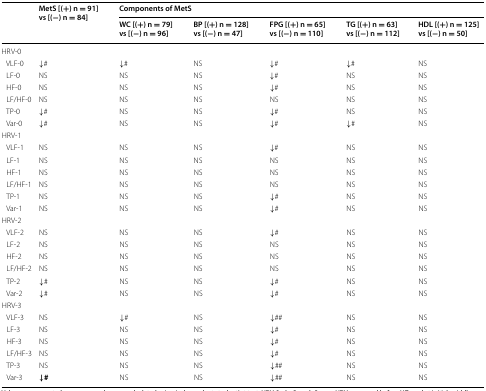
<table><thead><tr><td rowspan="2"></td><td rowspan="2"><b>MetS [(+) n = 91] vs [(−) n = 84]</b></td><td colspan="5"><b>Components of MetS</b></td></tr><tr><td><b>WC [(+) n = 79] vs [(−) n = 96]</b></td><td><b>BP [(+) n = 128] vs [(−) n = 47]</b></td><td><b>FPG [(+) n = 65] vs [(−) n = 110]</b></td><td><b>TG [(+) n = 63] vs [(−) n = 112]</b></td><td><b>HDL [(+) n = 125] vs [(−) n = 50]</b></td></tr></thead><tbody><tr><td>HRV-0</td><td></td><td></td><td></td><td></td><td></td><td></td></tr><tr><td> VLF-0</td><td>↓#</td><td>↓#</td><td>NS</td><td>↓#</td><td>↓#</td><td>NS</td></tr><tr><td> LF-0</td><td>NS</td><td>NS</td><td>NS</td><td>↓#</td><td>NS</td><td>NS</td></tr><tr><td> HF-0</td><td>NS</td><td>NS</td><td>NS</td><td>↓#</td><td>NS</td><td>NS</td></tr><tr><td> LF/HF-0</td><td>NS</td><td>NS</td><td>NS</td><td>NS</td><td>NS</td><td>NS</td></tr><tr><td> TP-0</td><td>↓#</td><td>NS</td><td>NS</td><td>↓#</td><td>NS</td><td>NS</td></tr><tr><td> Var-0</td><td>↓#</td><td>NS</td><td>NS</td><td>↓#</td><td>↓#</td><td>NS</td></tr><tr><td>HRV-1</td><td></td><td></td><td></td><td></td><td></td><td></td></tr><tr><td> VLF-1</td><td>NS</td><td>NS</td><td>NS</td><td>↓#</td><td>NS</td><td>NS</td></tr><tr><td> LF-1</td><td>NS</td><td>NS</td><td>NS</td><td>NS</td><td>NS</td><td>NS</td></tr><tr><td> HF-1</td><td>NS</td><td>NS</td><td>NS</td><td>NS</td><td>NS</td><td>NS</td></tr><tr><td> LF/HF-1</td><td>NS</td><td>NS</td><td>NS</td><td>NS</td><td>NS</td><td>NS</td></tr><tr><td> TP-1</td><td>NS</td><td>NS</td><td>NS</td><td>↓#</td><td>NS</td><td>NS</td></tr><tr><td> Var-1</td><td>NS</td><td>NS</td><td>NS</td><td>↓#</td><td>NS</td><td>NS</td></tr><tr><td>HRV-2</td><td></td><td></td><td></td><td></td><td></td><td></td></tr><tr><td> VLF-2</td><td>NS</td><td>NS</td><td>NS</td><td>↓#</td><td>NS</td><td>NS</td></tr><tr><td> LF-2</td><td>NS</td><td>NS</td><td>NS</td><td>NS</td><td>NS</td><td>NS</td></tr><tr><td> HF-2</td><td>NS</td><td>NS</td><td>NS</td><td>NS</td><td>NS</td><td>NS</td></tr><tr><td> LF/HF-2</td><td>NS</td><td>NS</td><td>NS</td><td>NS</td><td>NS</td><td>NS</td></tr><tr><td> TP-2</td><td>↓#</td><td>NS</td><td>NS</td><td>↓#</td><td>NS</td><td>NS</td></tr><tr><td> Var-2</td><td>↓#</td><td>NS</td><td>NS</td><td>↓#</td><td>NS</td><td>NS</td></tr><tr><td>HRV-3</td><td></td><td></td><td></td><td></td><td></td><td></td></tr><tr><td> VLF-3</td><td>NS</td><td>↓#</td><td>NS</td><td>↓##</td><td>NS</td><td>NS</td></tr><tr><td> LF-3</td><td>NS</td><td>NS</td><td>NS</td><td>↓#</td><td>NS</td><td>NS</td></tr><tr><td> HF-3</td><td>NS</td><td>NS</td><td>NS</td><td>↓#</td><td>NS</td><td>NS</td></tr><tr><td> LF/HF-3</td><td>NS</td><td>NS</td><td>NS</td><td>↓#</td><td>NS</td><td>NS</td></tr><tr><td> TP-3</td><td>NS</td><td>NS</td><td>NS</td><td>↓##</td><td>NS</td><td>NS</td></tr><tr><td> Var-3</td><td><b>↓#</b></td><td>NS</td><td>NS</td><td>↓##</td><td>NS</td><td>NS</td></tr></tbody></table>